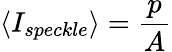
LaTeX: \langle I_{speckle}\rangle=\frac{p}{A}